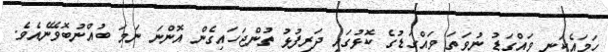
ހަމައެކަނި ވައްގަޑު ނުވަތަ ވައްގަޑުގެ ކޮޅުގައި ދަރިފުޅު ތުންޖަހައިގެން އޮންނަ ނަމަ ބުއްނުބޮވޭނެއެވެ.